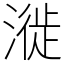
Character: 漇